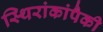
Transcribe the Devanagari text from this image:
स्थिरांकांपैकी